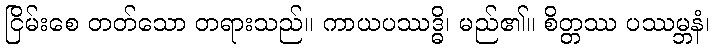
ငြိမ်းစေ တတ်သော တရားသည်။ ကာယပဿဒ္ဓိ၊ မည်၏။ စိတ္တဿ ပဿမ္ဘနံ၊